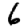
Digit: 6